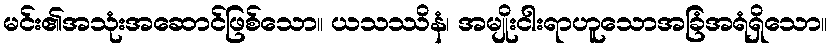
မင်း၏အသုံးအဆောင်ဖြစ်သော။ ယသဿိနံ၊ အမျိုးငါးရာဟူသောအခြံအရံရှိသော။